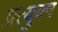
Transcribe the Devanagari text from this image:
प्रत्युवष